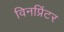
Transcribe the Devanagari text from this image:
विनप्रिंटर